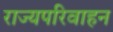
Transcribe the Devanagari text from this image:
राज्यपरिवाहन